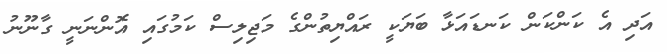
އަދި އެ ކަންކަން ކަނޑައަޅާ ބަޔަކީ ރައްޔިތުންގެ މަޖިލިސް ކަމުގައި އޮންނަނީ ގާނޫނު